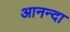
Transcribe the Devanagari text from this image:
आनन्दा